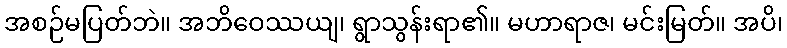
အစဉ်မပြတ်ဘဲ။ အဘိဝေဿယျ၊ ရွာသွန်းရာ၏။ မဟာရာဇ၊ မင်းမြတ်။ အပိ၊